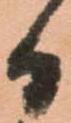
日